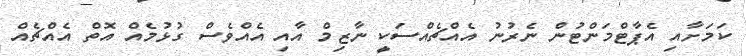
ކަމަށާއި އެޕާޓްމަންޓުން ނެރުނު އެއްޗެއްސަކީ ނާޒިމް އާއި އެއްވެސް ގުޅުމެއް އޮތް އެއްޗެއް